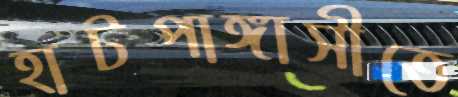
হাটপাঙ্গাসীতে